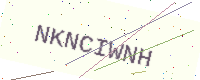
Text: NKNCIWNH